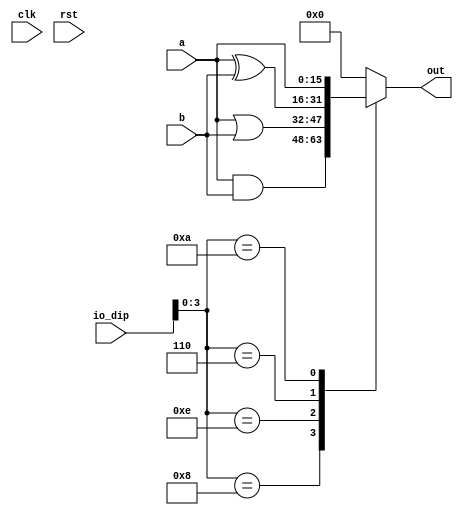
module bol_8 (
    input clk,
    input rst,
    input [7:0] io_dip,
    input [15:0] a,
    input [15:0] b,
    output reg [15:0] out
  );
  
  
  
  always @* begin
    out = 1'h0;
    
    case (io_dip[0+3-:4])
      4'h8: begin
        out = a & b;
      end
      4'he: begin
        out = a | b;
      end
      3'h6: begin
        out = a ^ b;
      end
      4'ha: begin
        out = a;
      end
    endcase
  end
endmodule